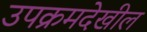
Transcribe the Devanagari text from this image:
उपक्रमदेखील